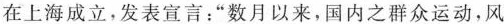
在上海成立，发表宣言：”数月以来，国内之群众运动，风